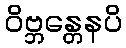
ဝိဗ္ဘန္တေနပိ